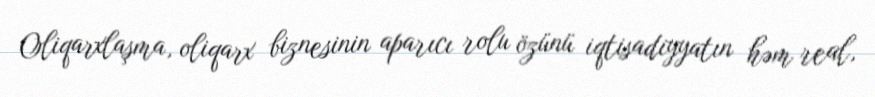
Oliqarxlaşma, oliqarx biznesinin aparıcı rolu özünü iqtisadiyyatın həm real,